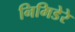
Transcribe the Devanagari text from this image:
निमिडेरे